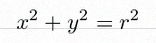
x^2+y^2=r^2